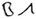
Text: B1